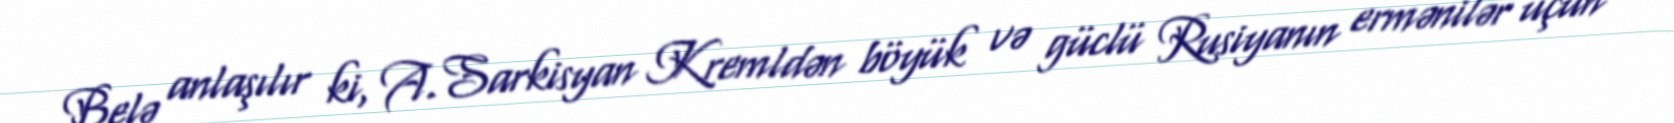
Belə anlaşılır ki, A.Sarkisyan Kremldən böyük və güclü Rusiyanın ermənilər üçün